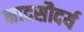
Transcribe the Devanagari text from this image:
नादसौदर्य